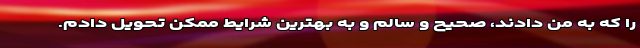
را که به من دادند، صحیح و سالم و به بهترین شرایط ممکن تحویل دادم.